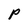
Character: P